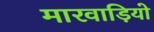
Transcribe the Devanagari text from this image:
मारवाड़ियो